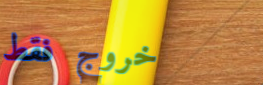
خروج فقط